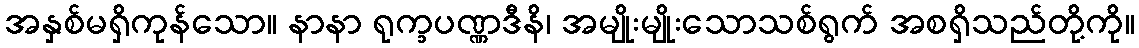
အနှစ်မရှိကုန်သော။ နာနာ ရုက္ခပဏ္ဏဒီနိ၊ အမျိုးမျိုးသောသစ်ရွက် အစရှိသည်တို့ကို။